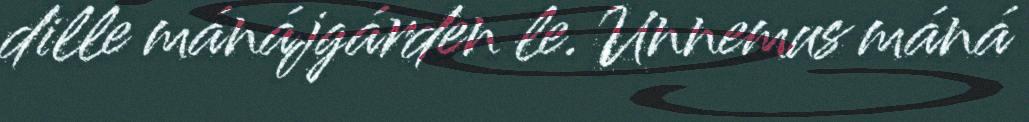
dille mánájgárden le. Unnemus máná